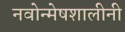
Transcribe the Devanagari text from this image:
नवोन्मेषशालीनी